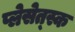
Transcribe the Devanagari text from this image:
प्लेसेत्स्क